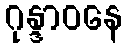
ဂုန္ဒာဝနေ